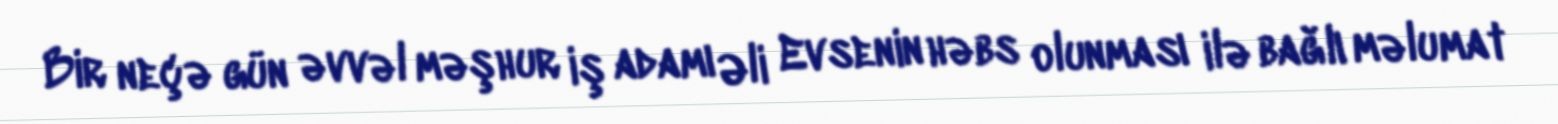
Bir neçə gün əvvəl məşhur iş adamı Əli Evsenin həbs olunması ilə bağlı məlumat